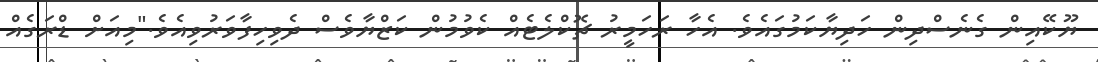
ޔޫކޭއިން ގެނެސްދިން ހަދިޔާކަމުގައެވެ. އެހާ ރަހަމީރު ޗޮކްލެޓެއް ކެވުމުން ކަޒްޔާވެސް ދެވިހިފާވަރުވިއެވެ."މިއަށް ޑްރަގެއް